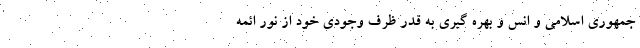
جمهوری اسلامی و انس و بهره گیری به قدر ظرف وجودی خود از نور ائمه